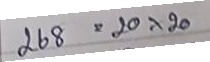
268 = 20 x 20